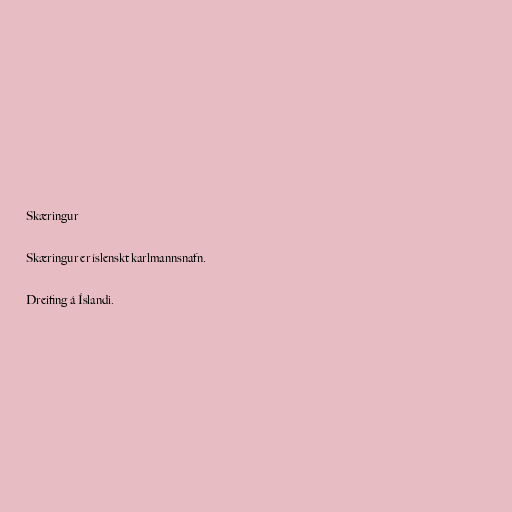
Skæringur

Skæringur er íslenskt karlmannsnafn.

Dreifing á Íslandi.